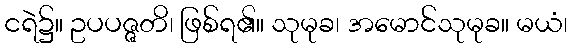
ငရဲ၌။ ဥပပဇ္ဇတိ၊ ဖြစ်ရ၏။ သုမုခ၊ အမောင်သုမုခ။ မယံ၊